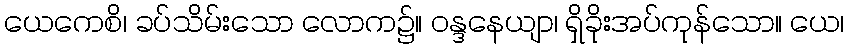
ယေကေစိ၊ ခပ်သိမ်းသော လောက၌။ ဝန္ဒနေယျာ၊ ရှိခိုးအပ်ကုန်သော။ ယေ၊